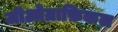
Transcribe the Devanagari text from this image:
जीओग्राफ़िकल